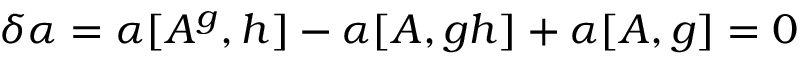
\delta \alpha = \alpha [ A ^ { g } , h ] - \alpha [ A , g h ] + \alpha [ A , g ] = 0